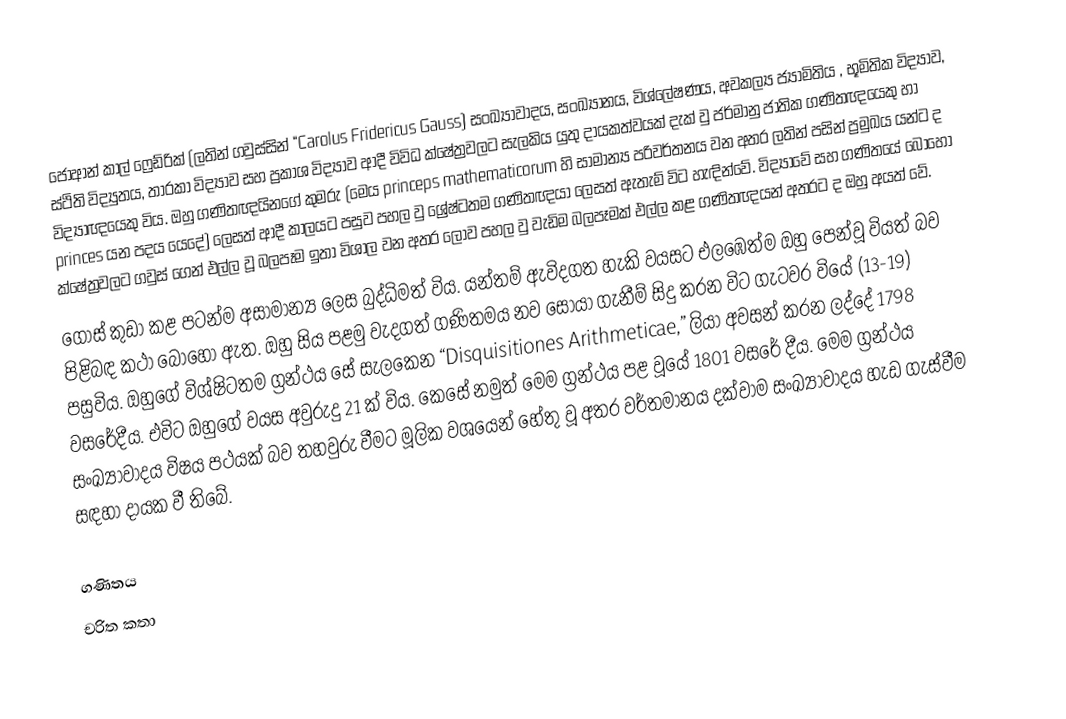
ජොආන් කාල් ෆ්‍රෙඩ්රික් (ලතින් ගවුස්සින් “Carolus Fridericus Gauss) සංඛ්‍යාවාදය, සංඛ්‍යානය, විශ්ලේෂණය, අවකල්‍ය ජ්‍යාමිතිය , භූමිතික විද්‍යාව, ස්ථිති විද්‍යුතය, තාරකා විද්‍යාව සහ ප්‍රකාශ විද්‍යාව ආදී විවිධ ක්ෂේත්‍රවලට සැලකිය යුතු දායකත්වයක් දැක් වු ජර්මානු ජාතික ගණිතඥයෙකු හා විද්‍යාඥයෙකු විය. ඔහු ගණිතඥයින‍ගේ කුමරු (මෙය princeps mathematicorum හි සාමාන්‍ය පරිවර්තනය වන අතර ලතින් පසින් ප්‍රමුඛය යන්ට ද princes යන පදය යෙදේ) ලෙසත් ආදී කාලයට පසුව පහල වු ශ්‍රේෂ්ටතම ගණිතඥයා ලෙසත් ඇතැම් විට හැඳින්වේ. විද්‍යාවේ සහ ගණිතයේ බොහෝ ක්ෂේත්‍රවලට ගවුස් ගෙන් එල්ල වූ බලපෑම ඉතා විශාල වන අතර ලොව පහල වු වැඩිම බලපෑමක් එල්ල කළ ගණිතඥයන් අතරට ද ඔහු අයත් වේ.
ගෝස් කුඩා කළ පටන්ම අසාමාන්‍ය ලෙස බුද්ධිමත් විය. යන්තම් ඇවිදගත හැකි වයසට එලඹෙත්ම ඔහු පෙන්වූ වියත් බව පිළිබඳ කථා බොහෝ ඇත. ඔහු සිය පළමු වැදගත් ගණිතමය නව සොයා ගැනීම් සිදු කරන විට ගැටවර වියේ (13-19) පසුවිය. ඔහුගේ විශ්ෂිටතම ග්‍රන්ථය සේ සැලකෙන “Disquisitiones Arithmeticae,” ලියා අවසන් කරන ලද්දේ 1798 වසරේදීය. එවිට ඔහුගේ වයස අවුරුදු 21 ක් විය. කෙසේ නමුත් මෙම ග්‍රන්ථය පළ වූයේ 1801 වසරේ දීය. මෙම ග්‍රන්ථය සංඛ්‍යාවාදය විෂය පථයක් බව තහවුරු වීමට මූලික වශයෙන් හේතු වූ අතර වර්තමාන‍ය දක්වාම සංඛ්‍යාවාදය හැඩ ගැස්වීම සඳහා දායක වී තිබේ.

ගණිතය
චරිත කතා